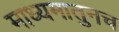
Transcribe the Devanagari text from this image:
माध्यमातुनच